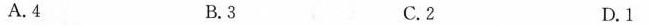
A.4 B.3 C.2 D.1